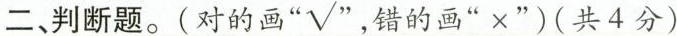
二、判断题。(对的画”✓“ ，错的画”×”)(共4分)